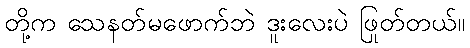
တို့က သေနတ်မဖောက်ဘဲ ဒူးလေးပဲ ဖြုတ်တယ်။